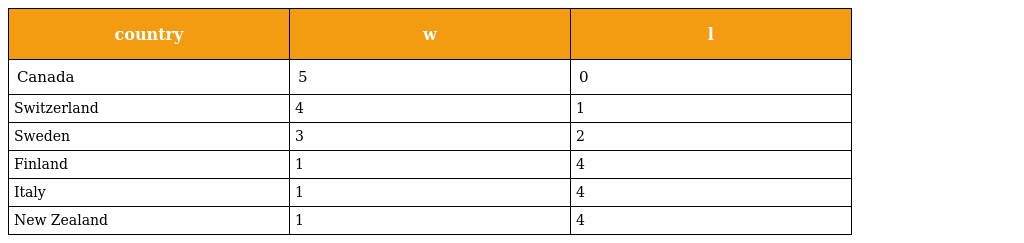
| country | w | l |
 | --- | --- | --- |
 | Canada | 5 | 0 |
 | Switzerland | 4 | 1 |
 | Sweden | 3 | 2 |
 | Finland | 1 | 4 |
 | Italy | 1 | 4 |
 | New Zealand | 1 | 4 |